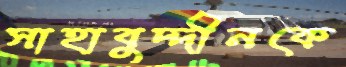
সাহাবুদ্দীনকে